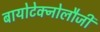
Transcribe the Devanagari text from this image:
बायोटेक्नोलौजी